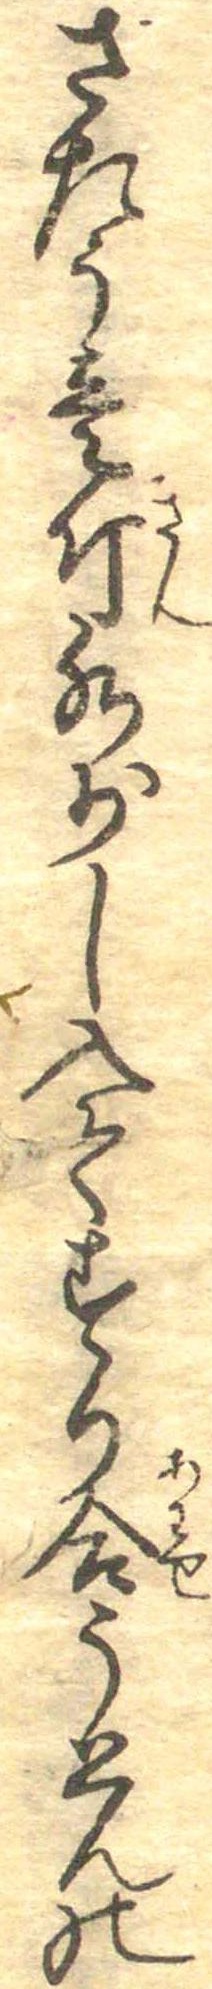
さたう壱斤水少し入てすり合うとんの